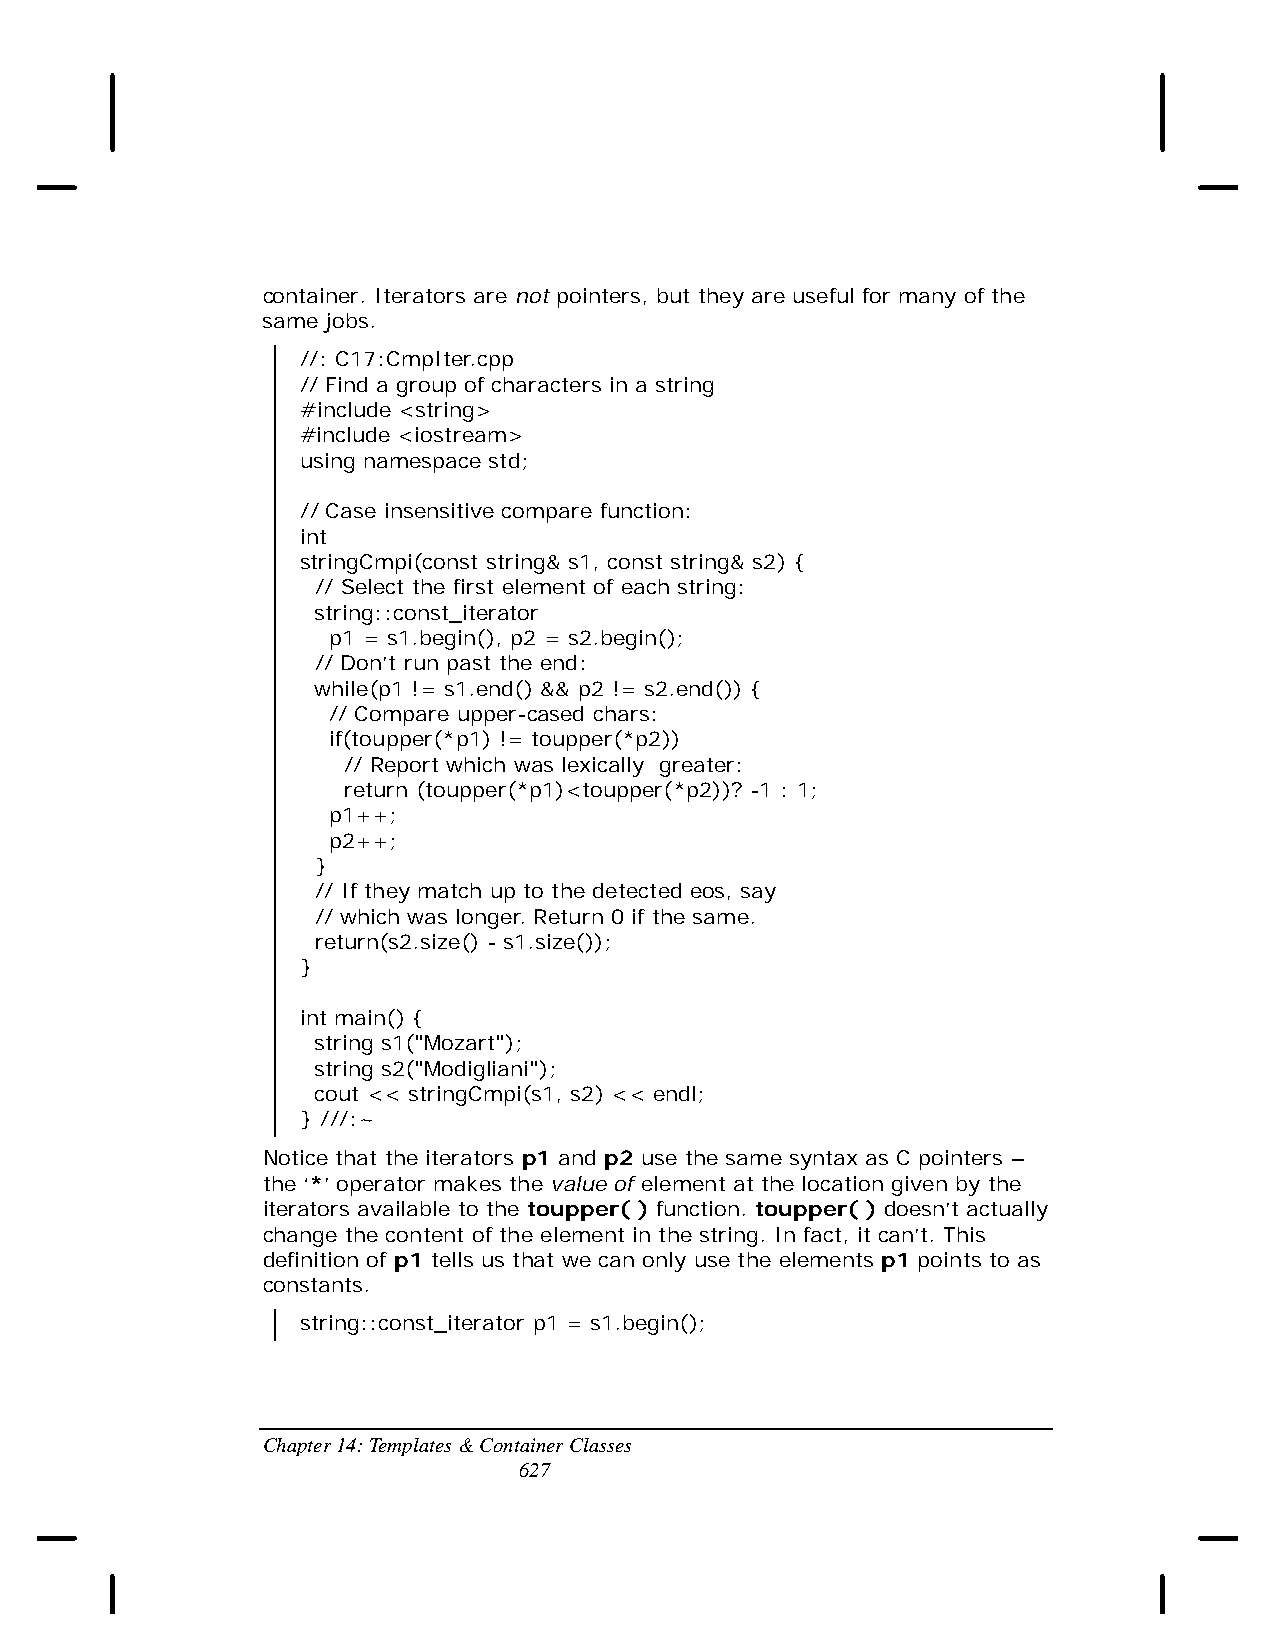
container. Iterators are not pointers, but they are useful for many of the
 same jobs.
 //: C17:CmpIter.cpp
 // Find a group of characters in a string
 #include <string>
 #include <iostream>
 using namespace std;
 // Case insensitive compare function:
 int
 stringCmpi(const string& s1, const string& s2) {
 // Select the first element of each string:
 string::const_iterator
 p1 = s1.begin(), p2 = s2.begin();
 // Don’t run past the end:
 while(p1 != s1.end() && p2 != s2.end()) {
 // Compare upper-cased chars:
 if(toupper(*p1) != toupper(*p2))
 // Report which was lexically greater:
 return (toupper(*p1)<toupper(*p2))? -1 : 1;
 p1++;
 p2++;
 }
 // If they match up to the detected eos, say
 // which was longer. Return 0 if the same.
 return(s2.size() - s1.size());
 }
 int main() {
 string s1("Mozart");
 string s2("Modigliani");
 cout << stringCmpi(s1, s2) << endl;
 } ///:~
 Notice that the iterators p1 and p2 use the same syntax as C pointers –
 the ‘*’ operator makes the value of element at the location given by the
 iterators available to the toupper( ) function. toupper( ) doesn’t actually
 change the content of the element in the string. In fact, it can’t. This
 definition of p1 tells us that we can only use the elements p1 points to as
 constants.
 string::const_iterator p1 = s1.begin();
 Chapter 14: Templates & Container Classes
 627